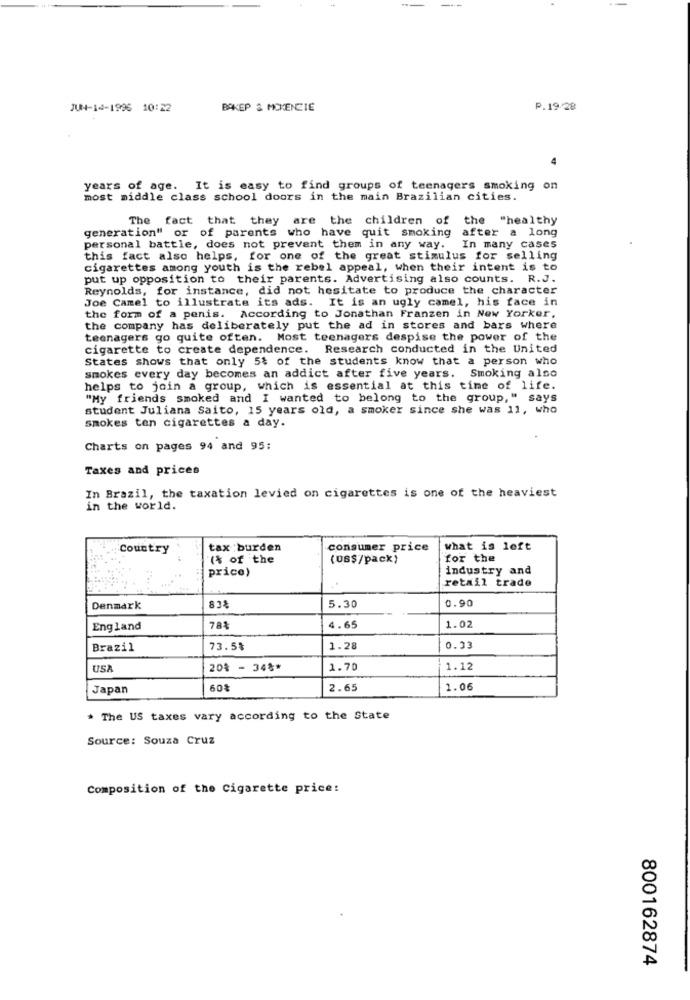
---
JUN-14-1996 10:22
BAKEP & MCKENZIE
P.19/28
years of age. It is easy to find groups of teenagers smoking on
most middle class school doors in the main Brazilian cities.
The fact that they
are the children of the "healthy
generation" or of parents who have quit smoking
after a long
personal battle, does not prevent them in any way. In many cases
this fact also helps, for one of the great stimulus for selling
cigarettes among youth is the rebel appeal, when their intent is to
put up opposition to their parents. Advertising also counts. R.J.
Reynolds, for instance, did not hesitate to produce the character
Joe Camel to illustrate its ads. It is an ugly camel, his face in
the form of a penis. According to Jonathan Franzen in New Yorker,
the company has deliberately put the ad in stores and bars where
teenagers go quite often. Most teenagers despise the power of the
cigarette to create dependence. Research conducted in the United
States shows that only 5% of the students know that a person who
smokes every day becomes an addict after five years. Smoking also
helps to join a group, which is essential at this time of life.
"My friends smoked and I wanted to belong to the group," says
student Juliana Saito, 15 years old, a smoker since she was 11, who
smokes ten cigarettes a day.
Charts on pages 94 and 95:
Taxes and prices
In Brazil, the taxation levied on cigarettes is one of the heaviest
in the world.
Country
tax burden
consumer price
what is left
"(% of the
(US$/pack)
for the
price)
industry and
retail trade
0.90
Denmark
83%
5.30
England
78
4.65
1.02
Brazil
73.5%
1.28
0.33
USA
20% - 34%*
1.70
1.12
Japan
605
2.65
1.06
* The US taxes vary according to the State
Source: Souza Cruz
Composition of the Cigarette price:
800162874